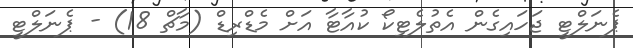
ޕެނަލްޓީ ޖަހައިގެން އެތުލެޓިކޯ ކުއާޓާ އަށް މެޑްރިޑް (މާޗް 18) - ޕެނަލްޓީ